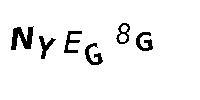
NYEG8G